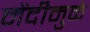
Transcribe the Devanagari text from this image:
मेंदीमुळे